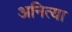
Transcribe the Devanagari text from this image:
अनित्या